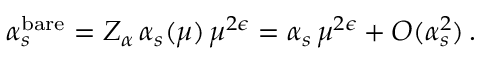
\alpha _ { s } ^ { \mathrm { b a r e } } = Z _ { \alpha } \, \alpha _ { s } ( \mu ) \, \mu ^ { 2 \epsilon } = \alpha _ { s } \, \mu ^ { 2 \epsilon } + O ( \alpha _ { s } ^ { 2 } ) \, .